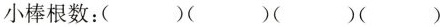
小棒根数：( )( )( )( )